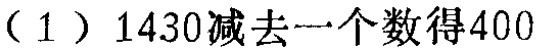
（1）$1430$减去一个数得$400$